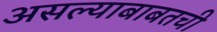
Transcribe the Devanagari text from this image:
असल्याबाबतची